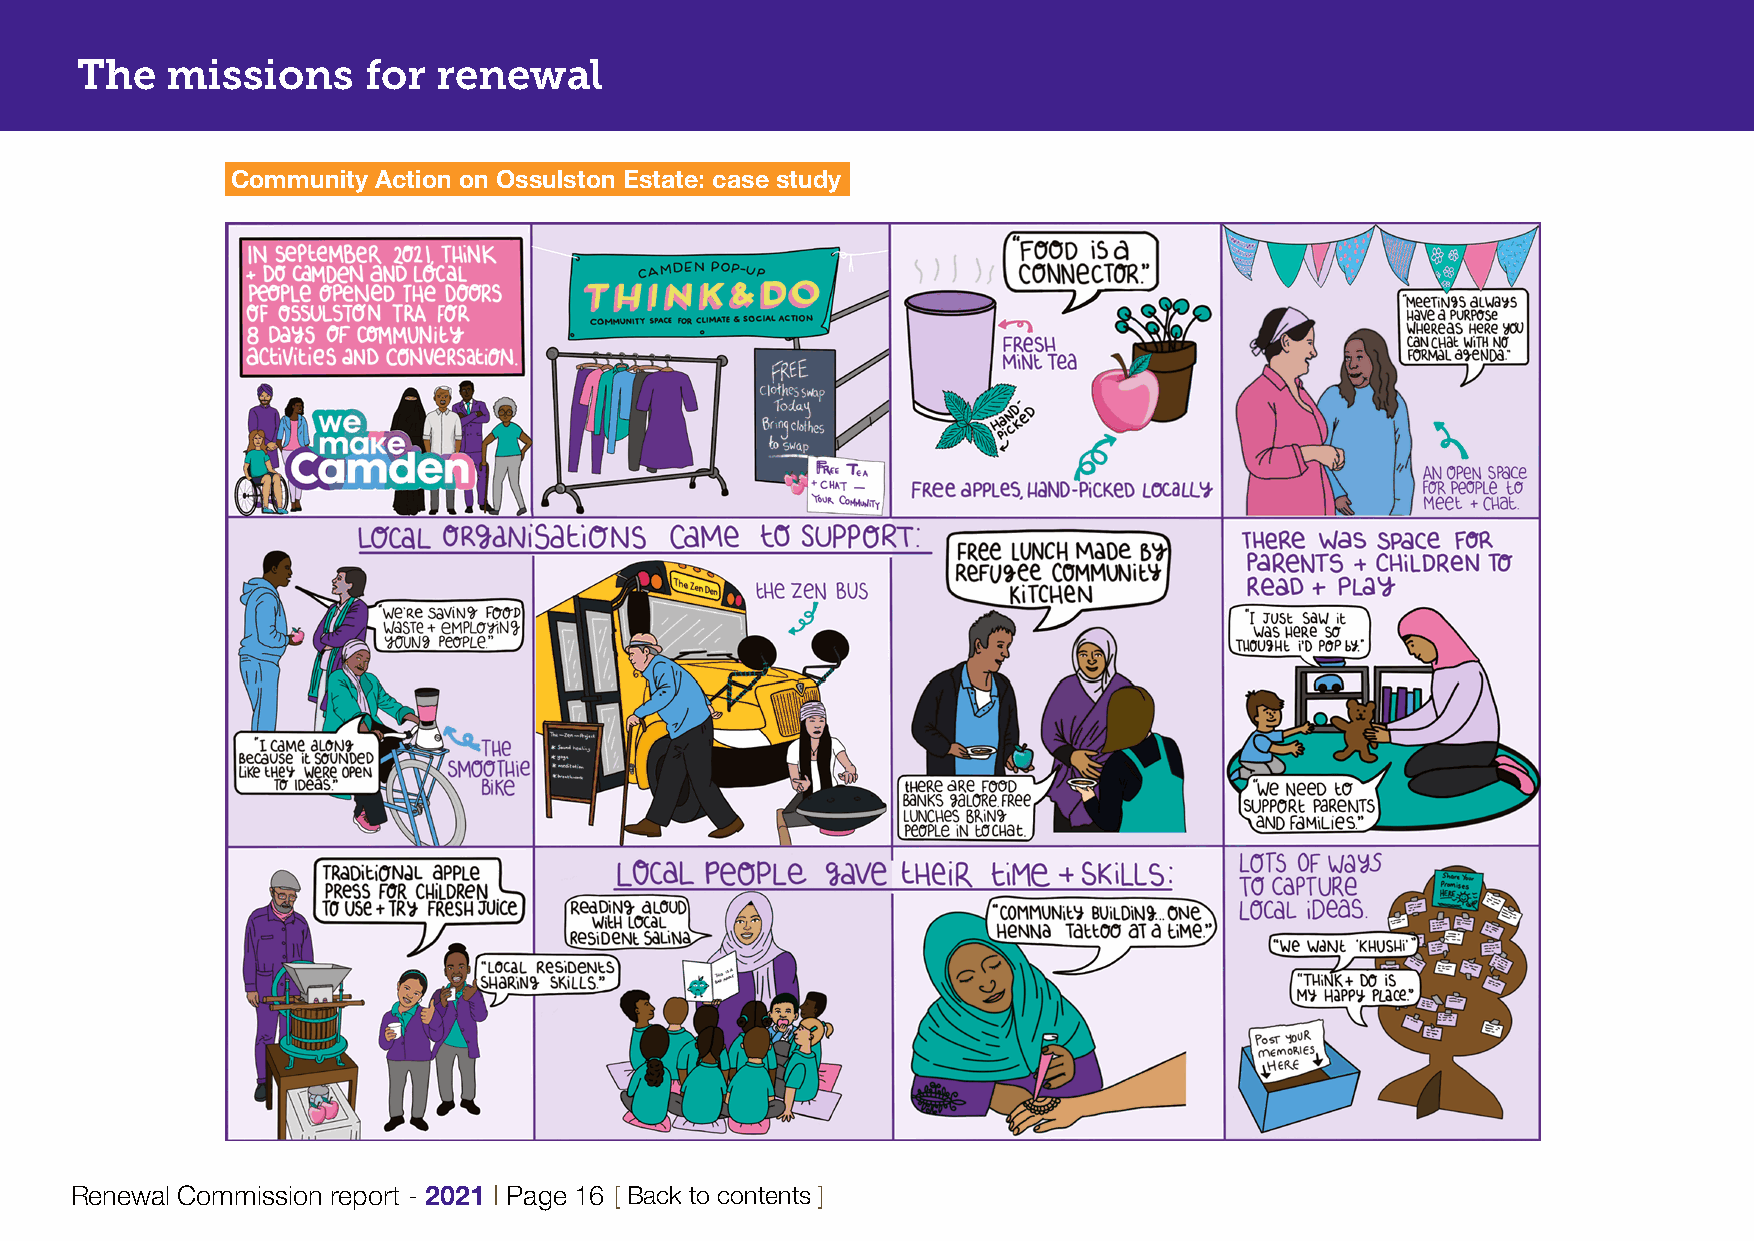
The   missions     for  renewal
 Community Action on Ossulston Estate: case study
 Renewal Commission report - 2021 | Page 16 [ Back to contents ]